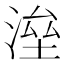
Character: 𣸫